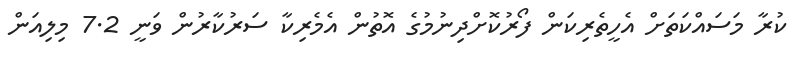
ކުރާ މަސައްކަތަށް އެހީތެރިކަން ފޯރުކޮށްދިނުމުގެ އޮތުން އެމެރިކާ ސަރުކާރުން ވަނީ 7.2 މިލިއަން